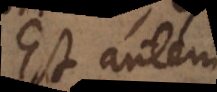
Est autem